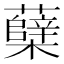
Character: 蘖